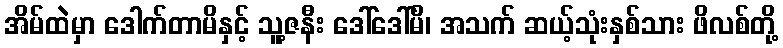
အိမ်ထဲမှာ ဒေါက်တာမိနှင့် သူ့ဇနီး ဒေါ်ဒေါ်မိ၊ အသက် ဆယ့်သုံးနှစ်သား ဖိလစ်တို့